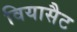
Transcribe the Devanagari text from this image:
वियासैट